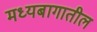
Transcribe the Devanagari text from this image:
मध्यबागातील